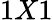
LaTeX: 1X1